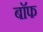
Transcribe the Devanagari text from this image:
बाॅफ